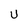
Character: U